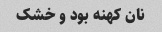
نان کهنه بود و خشک